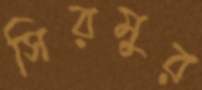
সিরমুর